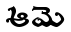
ఆమె